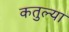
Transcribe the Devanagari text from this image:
कतुल्या